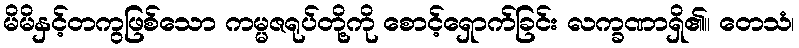
မိမိနှင့်တကွဖြစ်သော ကမ္မဇရုပ်တို့ကို စောင့်ရှောက်ခြင်း လက္ခဏာရှိ၏။ တေသံ၊